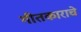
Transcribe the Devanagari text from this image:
गीतकाराचे